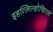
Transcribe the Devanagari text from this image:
इहत्लिल्होचित्ल